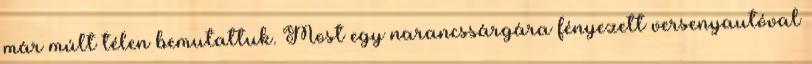
már múlt télen bemutattuk. Most egy narancssárgára fényezett versenyautóval